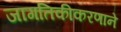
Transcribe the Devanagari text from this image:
जागतिकीकरणाने